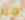
هيا